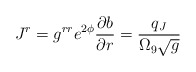
\begin{align*}J^r=g^{rr}e^{2\phi}{{\partial b}\over{\partial r}} =\frac{q_J}{\Omega_9\sqrt{g}}\end{align*}